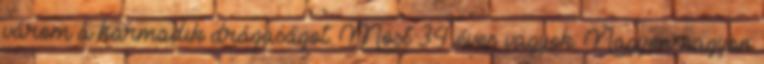
várom a harmadik drágaságot. Most 34 éves vagyok. Nagyon-nagyon